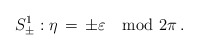
\begin{align*}S^1_\pm:\eta \,=\, \pm\varepsilon \mod 2\pi\,.\end{align*}